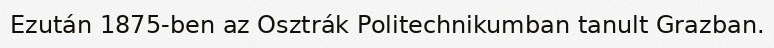
Ezután 1875-ben az Osztrák Politechnikumban tanult Grazban.